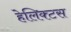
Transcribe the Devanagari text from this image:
हेलिक्टस